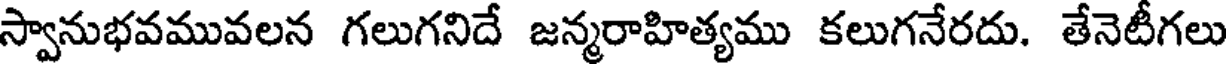
స్వానుభవమువలన గలుగనిదే జన్మరాహిత్యము కలుగనేరదు. తేనెటీగలు